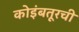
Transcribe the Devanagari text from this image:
कोइंबतूरची